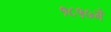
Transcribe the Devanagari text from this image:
१८५७में